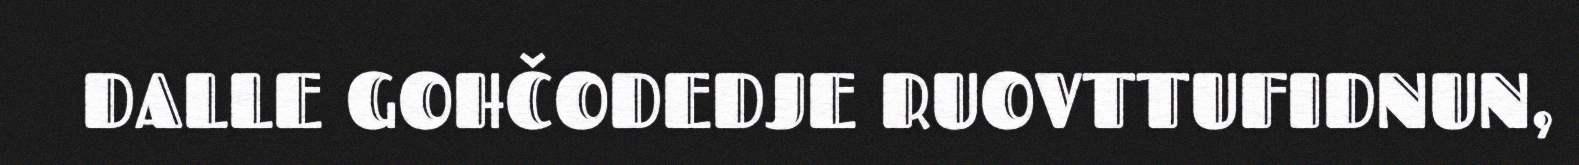
DALLE GOHČODEDJE RUOVTTUFIDNUN,